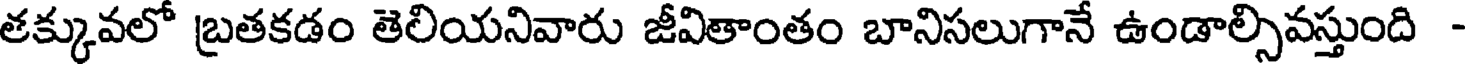
తక్కువలో బ్రతకడం తెలియనివారు జీవితాంతం బానిసలుగానే ఉండాల్సివస్తుంది -